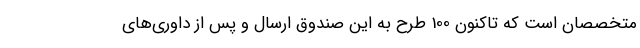
متخصصان است که تاکنون 100 طرح به این صندوق ارسال و پس از داوری‌های